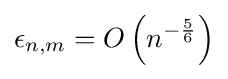
\epsilon _{n,m}=O\left(n^{-{\frac {5}{6}}}\right)